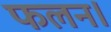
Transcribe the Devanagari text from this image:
फलन।